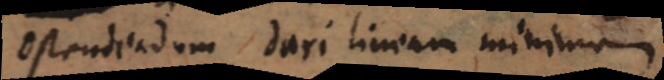
Ostendendum dari lineam minimam